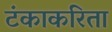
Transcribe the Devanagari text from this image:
टंकाकरिता